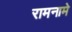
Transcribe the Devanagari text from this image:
रामनामे